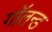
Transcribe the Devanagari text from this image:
गॉलन्ड